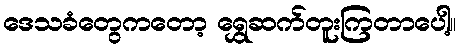
ဒေသခံတွေကတော့ ရွှေဆက်တူးကြတာပေါ့။